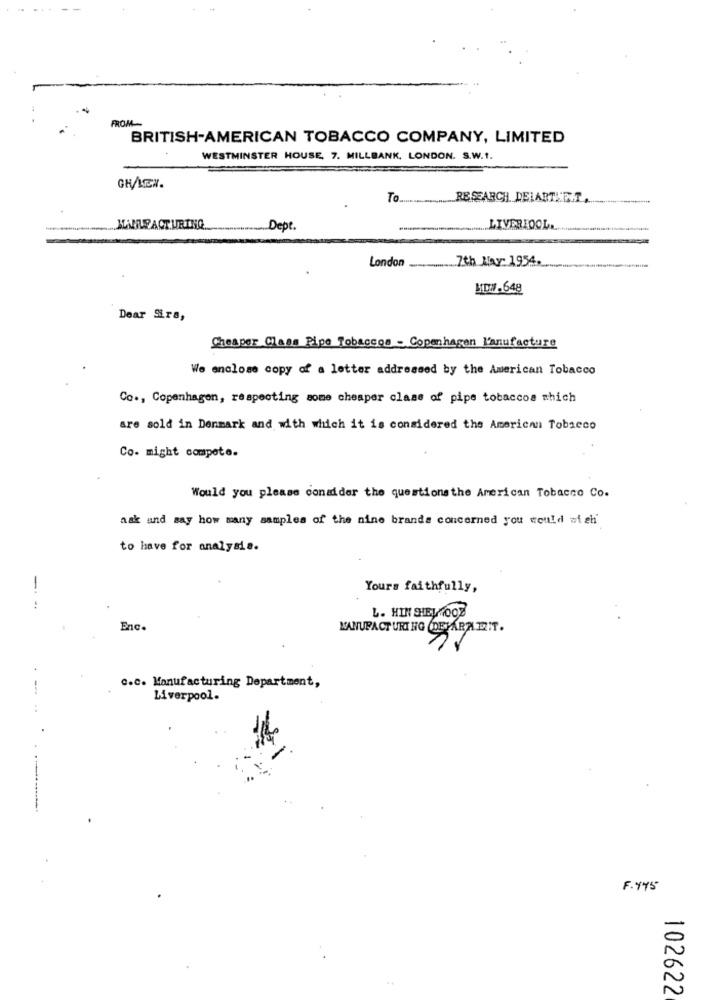
FROM --
BRITISH-AMERICAN TOBACCO COMPANY, LIMITED
WESTMINSTER HOUSE, 7. MILLBANK, LONDON. S.W.1.
GHAEN.
To ...
RESEARCH DELARTATIT,
-
Dept.
LIVERIOOL.
London ............ 7th May: 1954.
LOW- 648
Dear Sira,
Cheaper Class Pipe Tobaccos - Copenhagen l'anufacture
We enclose copy of a letter addressed by the American Tobacco
Co ., Copenhagen, respecting some cheaper class of pipe tobaccos which
are sold in Denmark and with which it is considered the American Tobacco
Co- might compete.
Would you please consider the questionsthe American Tobacco Co.
ask and say how many samples of the nine brands concerned you would at ch
to have for analysis.
-
Yours faithfully,
L. HIN SHEL7092
Enc.
C.C. Manufacturing Department,
Liverpool.
..
F. 445
102622